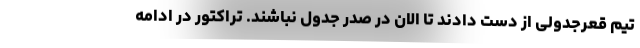
تیم قعرجدولی از دست دادند تا الان در صدر جدول نباشند. تراکتور در ادامه